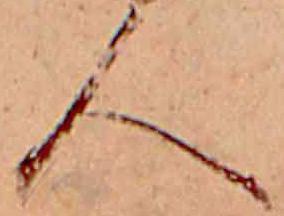
人